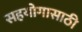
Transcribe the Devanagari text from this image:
सहयोगासाठी